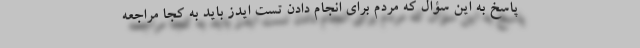
پاسخ به این سؤال که مردم برای انجام دادن تست ایدز باید به کجا مراجعه